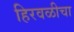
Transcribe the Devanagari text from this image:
हिरवळीचा